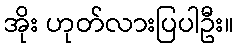
အိုး ဟုတ်လားပြပါဦး။